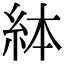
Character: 絊